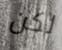
لكن